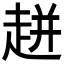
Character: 𧻓